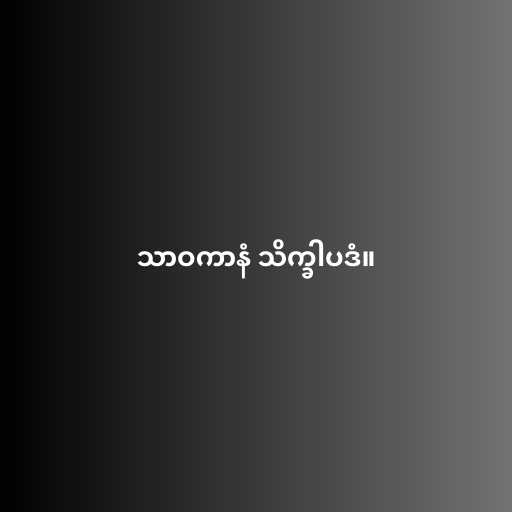
သာဝကာနံ သိက္ခါပဒံ။